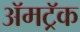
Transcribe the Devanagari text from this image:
ॲमट्रॅक